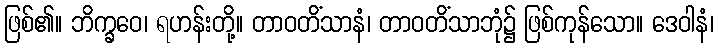
ဖြစ်၏။ ဘိက္ခဝေ၊ ရဟန်းတို့။ တာဝတိံသာနံ၊ တာဝတိံသာဘုံ၌ ဖြစ်ကုန်သော။ ဒေဝါနံ၊